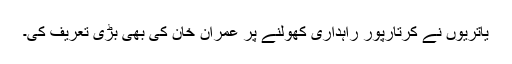
یاتریوں نے کرتارپور راہداری کھولنے پر عمران خان کی بھی بڑی تعریف کی۔